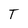
Character: T